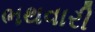
ભથવારી